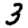
Digit: 3